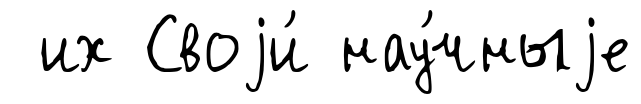
их Своjи́ нау́чныjе